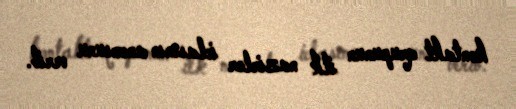
kontakt qrupunun ilk nazirlər iclasının anonsunu verib.